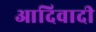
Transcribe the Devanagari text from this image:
आदिवादी